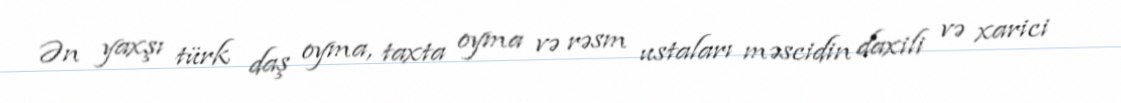
Ən yaxşı türk daş oyma, taxta oyma və rəsm ustaları məscidin daxili və xarici